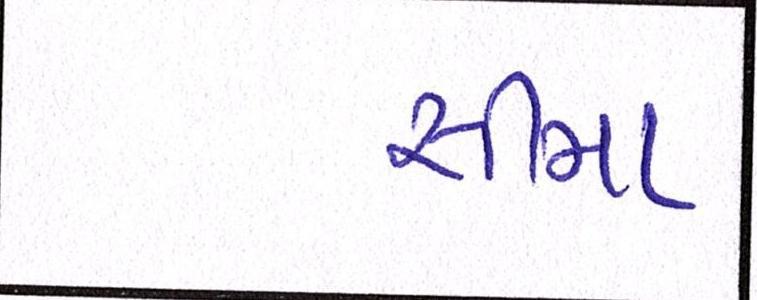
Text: સીમા